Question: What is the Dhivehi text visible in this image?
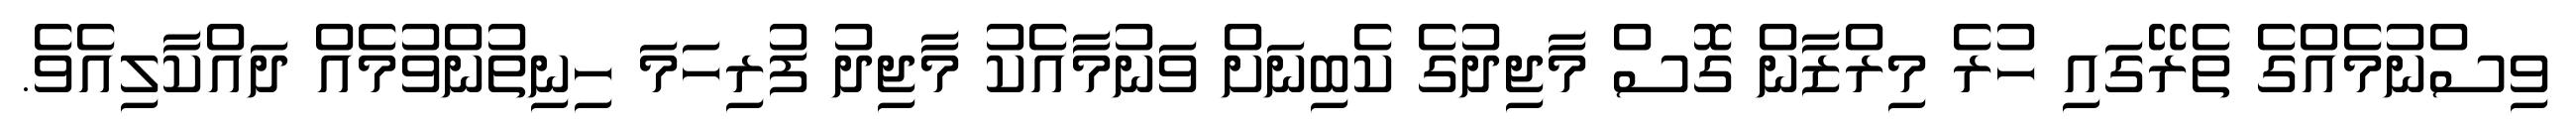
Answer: ވިސްނުމެއްގެ ތެރޭގައި ހުރެ މިރްޒާން ގޮސް މާޖިދުގެ ކެބިނަށް ވަނުމާއެކު މާޖިދު ފުރިހަމަ ހިނިތުންވުމެއް ދައްކާލިއެވެ.